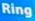
Ring